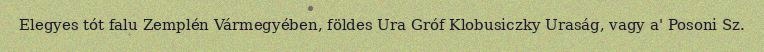
Elegyes tót falu Zemplén Vármegyében, földes Ura Gróf Klobusiczky Uraság, vagy a' Posoni Sz.